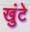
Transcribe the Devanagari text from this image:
खुंटे